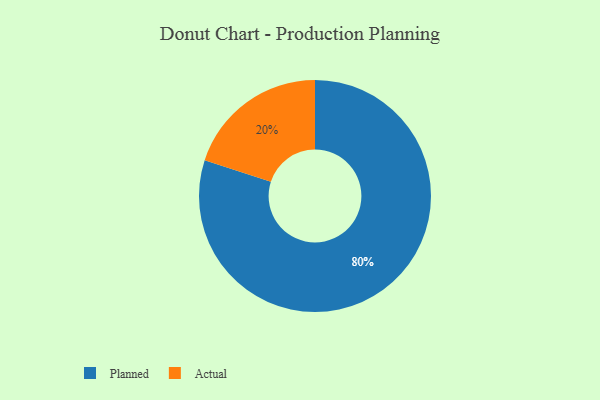
{"axis": {"x": "Category", "y": "Percentage"}, "legend": ["Actual", "Planned"], "data": [{"x": "Actual", "y": 20, "type": "Actual"}, {"x": "Planned", "y": 80, "type": "Planned"}]}